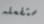
ستفعله